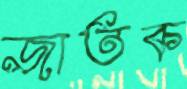
জাতক